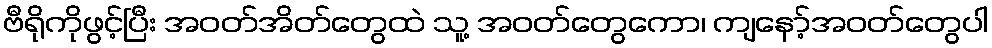
ဗီရိုကိုဖွင့်ပြီး အဝတ်အိတ်တွေထဲ သူ့ အဝတ်တွေကော၊ ကျနော့်အဝတ်တွေပါ